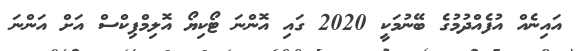
އައިނެއް އުފެއްދުމުގެ ބޭނުމަކީ 2020 ގައި އޮންނަ ޓޯކިޔޯ އޮލިމްޕިކްސް އަށް އަންނަ